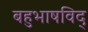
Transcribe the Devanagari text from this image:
बहुभाषविद्